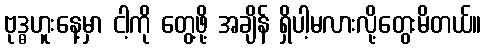
ဗုဒ္ဓဟူးနေ့မှာ ငါ့ကို တွေ့ဖို့ အချိန် ရှိပါ့မလားလို့တွေးမိတယ်။